Leaving Certificate Examination, 1915
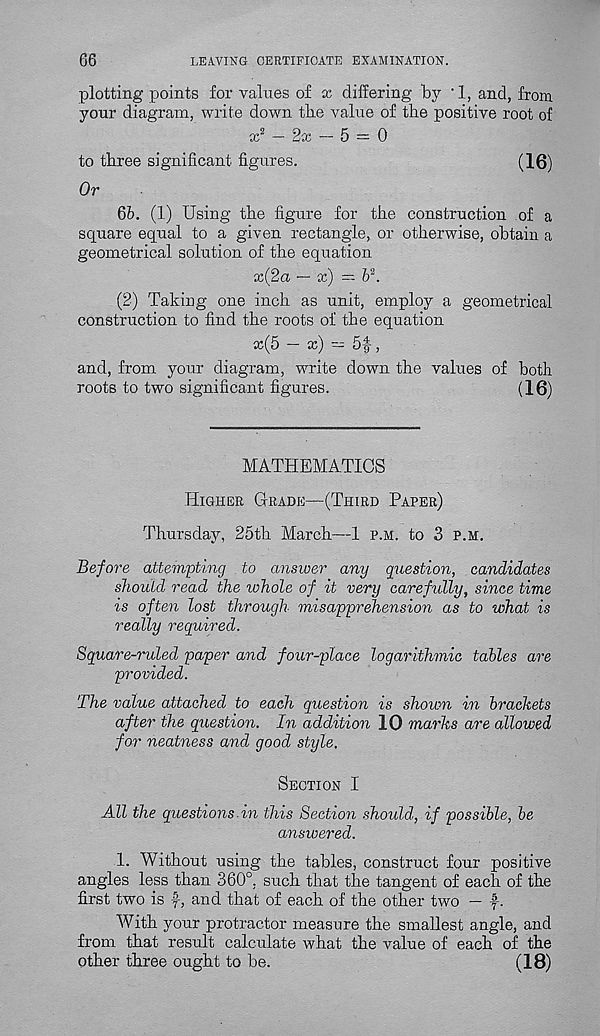
66
LEAVING CERTIFICATE EXAMINATION.
plotting points for values of x differing by ' 1, and, from
your diagram, write down tbe value of the positive root of
x 2 — 2cc — 5 — 0
to three significant figures.
(16)
Or
65. (1) Using the figure for the construction of a
square equal to a given rectangle, or otherwise, obtain a
geometrical solution of the equation
x(2a — x) — V.
(2) Taking one inch as unit, employ a geometrical
construction to find the roots of the equation
x(5 — x) — 5f,
and, from your diagram, write down the values of both
roots to two significant figures.
(16)
MATHEMATICS
Higher Grade—(Third Paper)
Thursday, 25th March—1 p.m. to 3 p.m.
Before attempting to answer any question, candidates
shoutd read the whole of it very carefully, since time
is often lost through misapprehension as to what is
really required.
Square-ruled paper and four-place logarithmic tables are
provided.
The value attached to each question is shown in brackets
after the question. In addition 10 marks are allowed
for neatness and good style.
Section I
All the questions in this Section should, if possible, be
answered.
1. Without using the tables, construct four positive
angles less than 360°. such that the tangent of each of the
first two is f, and that of each of the other two — f.
With your protractor measure the smallest angle, and
from that result calculate what the value of each of the
other three ought to be.
(18)